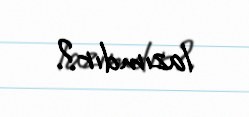
lazımdır?.